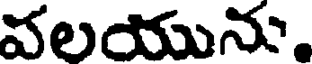
వలయును.